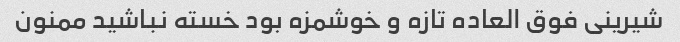
شیرینی فوق العاده تازه و خوشمزه بود خسته نباشید ممنون